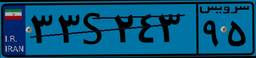
۹۵S۸۶۷۶۲